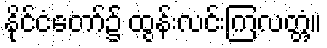
နိုင်ငံတော်၌ ထွန်းလင်းကြလတ္တံ့။